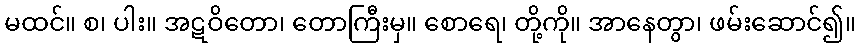
မထင်။ စ၊ ပါး။ အဋဝိတော၊ တောကြီးမှ။ စောရေ၊ တို့ကို။ အာနေတွာ၊ ဖမ်းဆောင်၍။